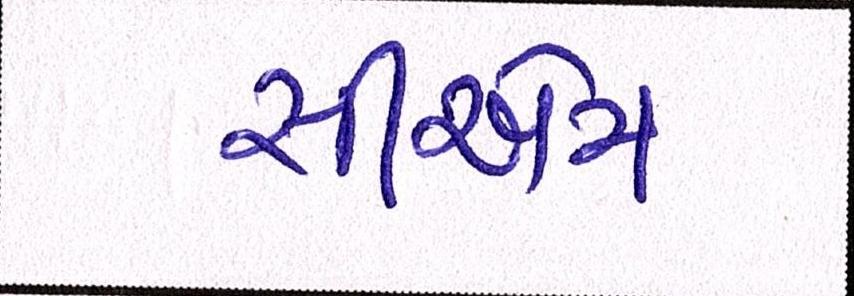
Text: સીએમ